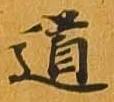
道